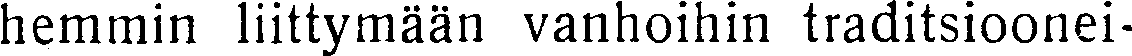
hemmin liittymään vanhoihin traditsioonei-